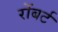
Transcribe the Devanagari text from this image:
रोंबर्ट